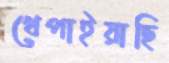
খেপাইয়াছি